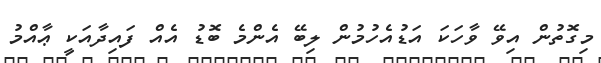
މިގޮތުން އިވޭ ވާހަކަ އަޑުއެހުމުން ލިބޭ އެންމެ ބޮޑު އެއް ފައިދާއަކީ ޢާއްމު